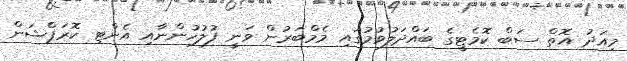
މިއަދު އޮތް ސަބް ކޮމެޓީގެ ބައްދަލުވުމުގައި މެމްބަރުން ވަނީ ފުލުހުންނާއި އެންޓި ކޮރަޕްޝަން